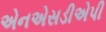
એનએસડીએપી